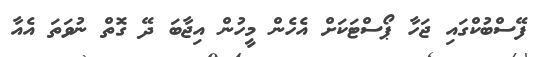
ފޭސްބުކްގައި ޖަހާ ޕޯސްޓަކަށް އެހެން މީހުން އިޖާބަ ދޭ ގޮތް ނުވަތަ އެއާ